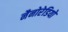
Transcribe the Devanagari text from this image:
नैनोरेडियो